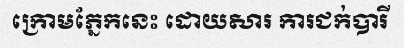
ក្រោមភ្នែកនេះ ដោយសារ ការជក់បារី